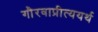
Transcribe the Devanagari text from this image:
गौरवाप्रीत्ययर्थ